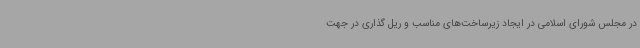
در مجلس شورای اسلامی در ایجاد زیرساخت‌های مناسب و ریل گذاری در جهت